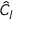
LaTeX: { \hat { C } } _ { I }